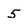
Character: 5